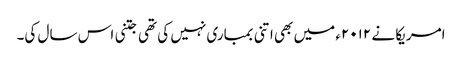
امریکا نے ۲۰۱۲ء میں بھی اتنی بمباری نہیں کی تھی جتنی اس سال کی۔